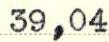
39,04